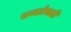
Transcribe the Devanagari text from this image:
भव्यतेसाठी